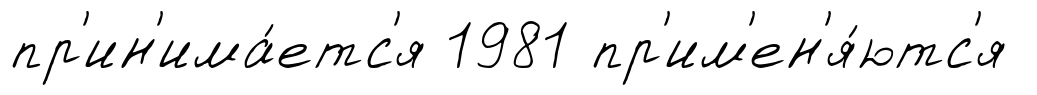
пр'ин'има́етс'я 1981 пр'им'ен'я́ютс'я